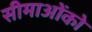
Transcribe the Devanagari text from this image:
सीमाओंको